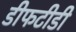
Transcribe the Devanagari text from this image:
डीफटीडी